Vaccination United Provinces of Agra and Oudh 1914-1922 - 1914-1922
Year: 1914
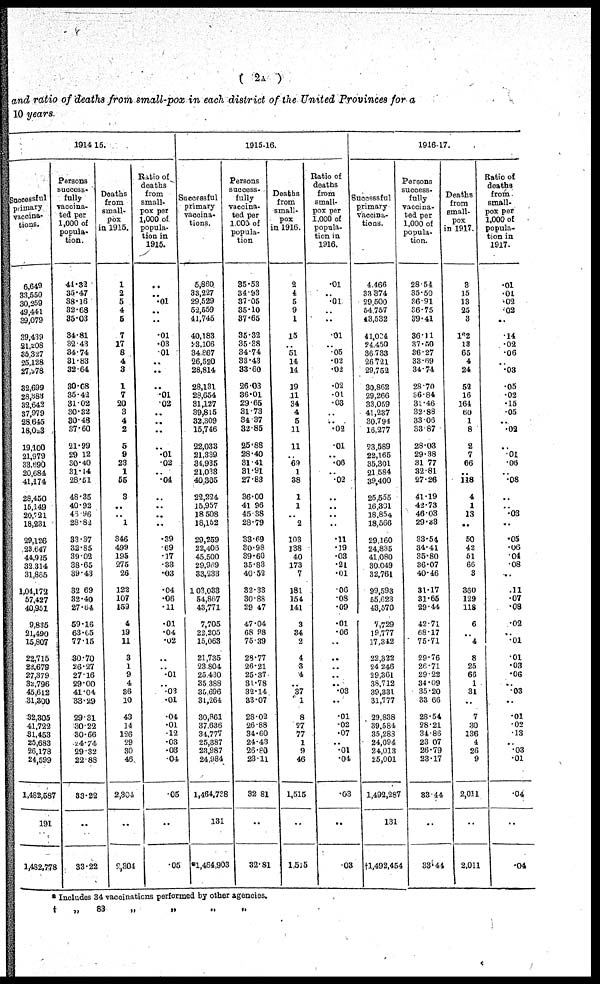
( 2A )
and ratio of deaths from small-pox in each district of the United Provinces for a
10 years.
1914-15.
Successful
primary
vaccina¬
tions.
6,649
33,550
30,259
49,441
39,079
39,439
21,208
35,327
25,128
27,978
32,699
28,383
32,642
37,979
28,645
18,023
19,100
21,979
33,690
20,684
41,174
28,450
15,149
20,721
18,231
29,126
23,647
44,925
32,314
31,865
1,04,172
57,427
40,951
9,835
21,490
15,807
22,715
23,679
27,379
32,796
45,612
31,300
32,305
41,722
31,453
25,683
26,178
24,599
1,482,587
191
1,482,778
Persons
success¬
fully
vaccina-
ted per
1,000 of
popula¬
tion.
44.37
35.47
38.16
32.68
35.03
34.81
32.43
34.74
31.83
32.64
30.08
35.42
31.02
30.32
30.48
37.60
21.99
29.12
30.40
31.14
28.51
48.35
40.92
46.96
23.82
33.37
32.85
39.02
38.65
39.43
32.69
32.40
27.64
59.16
63.05
77.15
30.70
26.27
27.16
29.00
41.04
33.29
29.31
30.22
30.66
24.74
29.32
22.88
33.22
..
33.22
Deaths
from
small-
pox
in 1915.
1
2
5
4
5
7
17
8
4
3
1
7
20
3
4
2
5
9
23
1
55
3
..
..
1
346
499
195
275
26
122
107
159
4
19
11
3
1
9
4
36
10
43
14
126
29
30
46
2,304
..
2,304
Ratio of
deaths
from
small-
pox per
1,000 of
popula-
tion in
1915.
..
..
.01
..
..
.01
.03
.01
..
..
..
.01
.02
..
..
..
..
.01
.02
..
.04
..
..
..
..
.39
.69
.17
.33
.03
.04
.06
.11
.01
.04
.02
..
.. .01
..
.03
.01
.04
.01
.12
.03
.03
.04
.05
..
.05
1915-16.
Successful
primary
vaccina¬
tions.
5,860
33,227
29,529
52,559
41,745
40,183
23,106
34,867
26,520
28,814
28,131
28,654
31,127
39,815
32,309
15,746
22,033
21,339
34,935
21,038
40,305
22,224
15,957
18,508
18,152
29,259
22,406
45,500
29,969
33,233
1,03,033
54,867
43,771
7,705
22,205
15,063
21,735
23,804
25,480
35,388
35,696
31,264
30,861
37,636
34,777
25,387
23,987
24,984
1,464,728
131
*1,464,903
Persons
success¬
fully
vaccina¬
ted per
1,000 of
popula¬
tion.
35.53
34.93
37.06
35.10
37.65
35.32
35.38
34.74
33.43
33.60
26.03
36.01
29.65
31.73
34.37
32.85
25.88
28.40
31.41
31.91
27.83
36.00
41.96
45.38
28.79
33.69
30.98
39.60
35.83
40.52
32.33
30.88
29.47
47.04
68.98
75.39
28.77
26.21
25.37
31.78
32.14
33.07
28.02
26.88
34.60
24.43
26.80
23.11
32.81
..
32.81
Deaths
from
small-
pox
in 1916.
2
4
6
9
1
15
..
51
14
14
19
11
34
4
5
11
11
..
69 1
38
1
1
..
2
103
138
40
173
7
181
154
141
3
34
2
4
3
4
..
37
1
8
27
77
1
9
46
1,515
..
1,515
Ratio of
deaths
from
small-
pox per
1,000 of
popula-
tion in
1916.
.01
..
.01
..
..
.01
..
.05
.02
.02
.02
.01
.03
..
..
.02
.01
..
.06
..
.02
..
..
..
..
.11
.19
.03
.21
.01
.06
.08
.09
.01
.06
..
..
..
..
..
.03
..
.01
.02
.07
..
.01
.04
.03
..
.03
1916-17.
Successful
primary
vaccina¬
tions.
4,466
33,374
29,500
54,757
43,532
41,004
24,450
36,733
26,721
29,752
30,862
29,266
33,059
41,237
30,794
16,277
23,589
22,165
35,301
21,584
39,400
25,555
16,301
18,854
18,566
29,160
24,835
41,080
30,049
32,761
99,593
55,623
43,570
7,729
19,777
17,342
22,322
24,246
29,361
38,712
39,331
31,777
29,838
39,584
35,283
24,094
24,013
25,001
1,492,287
131
†1,492,454
Persons
success¬
fully
vaccina¬
ted per
1,000 of
popula¬
tion.
28.54
35.50
36.91
26.75
39.41
36.11
37.50
36.27
33.69
34.74
28.70
36.84
31.46
32.88
33.06
33.87
28.03
29.38
31.77
32.81
27.26
41.19
42.73
46.03
29.33
33.54
34.41
35.80
36.07
40.46
31.17
31.65
29.44
42.71
68.17
75.71
29.76
26.71
29.22
34.09
35.20
33.66
28.54
28.21
34.86
23.07
26.79
23.17
33.44
..
33.44
Deaths
from
small-
pox
in 1917.
3
15
13
25
3
162
13
65
4
24
52
16
164
60
1
8
2
7
66
..
118
4
1
13
..
50
42
51
66
3
360
129
118
6
..
4
8
25
66
1
31
..
7
30
136
4
26
9
2,011
..
2,011
Ratio of
deaths
from
small-
pox per
1,000 of
popula-
tion in
1917.
.01
.01
.02
.02
..
.14
.02
.06
..
.03
.05
.02
.15
.05
..
.02
..
.01
.06
..
.08
..
.03
..
.05
.06
.04
.08
..
.11
.07
.08
.02
..
.01
.01
.03
.06
..
.03
..
.01
.02
.13
..
.03
.01
.04
..
.04
* Includes 34 vaccinations performed by other agencies.
†
„
83
„
„
„
„